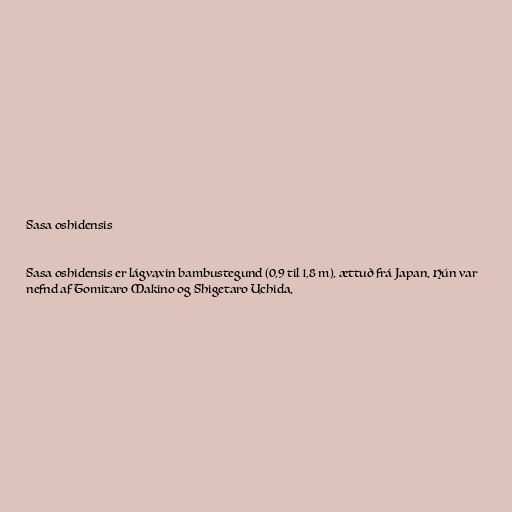
Sasa oshidensis

Sasa oshidensis er lágvaxin bambustegund (0,9 til 1,8 m), ættuð frá Japan. Hún var
nefnd af Tomitaro Makino og Shigetaro Uchida.